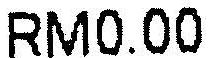
RM0.00